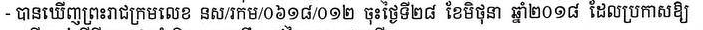
- បានឃើញព្រះរាជក្រមលេខ នស/រកម/០៦១៨/០១២ ចុះថ្ងៃទី២៨ ខែមិថុនា ឆ្នាំ២០១៨ ដែលប្រកាសឲ្យ